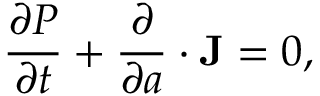
\frac { \partial P } { \partial t } + \frac { \partial } { \partial \boldsymbol { a } } \cdot \mathbf { J } = 0 ,